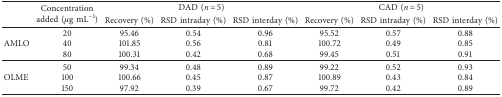
<table><thead><tr><td><b> </b></td><td rowspan="2"><b>Concentration added (<i>μ</i>g mL<sup>−1</sup>)</b></td><td colspan="3"><b>DAD (<i>n</i> = 5)</b></td><td colspan="3"><b>CAD (<i>n</i> = 5)</b></td></tr><tr><td></td><td><b>Recovery (%)</b></td><td><b>RSD intraday (%)</b></td><td><b>RSD interday (%)</b></td><td><b>Recovery (%)</b></td><td><b>RSD intraday (%)</b></td><td><b>RSD interday (%)</b></td></tr></thead><tbody><tr><td rowspan="3">AMLO</td><td>20</td><td>95.46</td><td>0.54</td><td>0.96</td><td>95.52</td><td>0.57</td><td>0.88</td></tr><tr><td>40</td><td>101.85</td><td>0.56</td><td>0.81</td><td>100.72</td><td>0.49</td><td>0.85</td></tr><tr><td>80</td><td>100.31</td><td>0.42</td><td>0.68</td><td>99.45</td><td>0.51</td><td>0.91</td></tr><tr><td rowspan="3">OLME</td><td>50</td><td>99.34</td><td>0.48</td><td>0.89</td><td>99.22</td><td>0.52</td><td>0.93</td></tr><tr><td>100</td><td>100.66</td><td>0.45</td><td>0.87</td><td>100.89</td><td>0.43</td><td>0.84</td></tr><tr><td>150</td><td>97.92</td><td>0.39</td><td>0.67</td><td>99.72</td><td>0.42</td><td>0.89</td></tr></tbody></table>